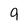
Character: 9